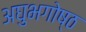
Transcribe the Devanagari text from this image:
अघुभगोष्ठ